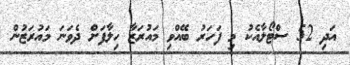
އަދި 52 ސްޓޯލާއެކު މި ފަހަރު ބޭއްވި މައުރަޒާ ހިލާފަށް ދެވަނަ މައުރަޒުން